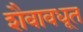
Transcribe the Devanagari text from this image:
शैवावधूत